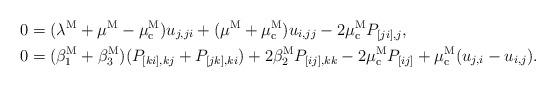
LaTeX: \begin{align*}0&=(\lambda^{\rm M}+\mu^{\rm M}-\mu_{\rm c}^{\rm M})u_{j,ji}+(\mu^{\rm M}+\mu_{\rm c}^{\rm M})u_{i,jj}-2\mu_{\rm c}^{\rm M} P_{[ji],j},\\0&=(\beta_1^{\rm M}+\beta_3^{\rm M})(P_{[ki],kj}+P_{[jk],ki})+2\beta_2^{\rm M} P_{[ij],kk}-2\mu_{\rm c}^{\rm M} P_{[ij]}+\mu_{\rm c}^{\rm M} (u_{j,i}-u_{i,j}).\end{align*}